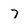
Character: 7